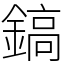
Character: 鎬